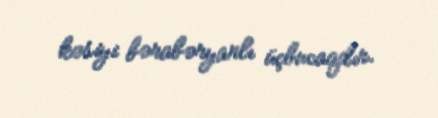
kəsiyi bərabəryanlı üçbucaqdır.